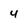
Character: 4